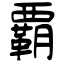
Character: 覇